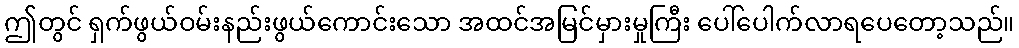
ဤတွင် ရှက်ဖွယ်ဝမ်းနည်းဖွယ်ကောင်းသော အထင်အမြင်မှားမှုကြီး ပေါ်ပေါက်လာရပေတော့သည်။